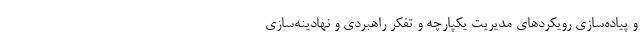
و پیاده‌سازی رویکردهای مدیریت یکپارچه و تفکر راهبردی و نهادینه‌سازی